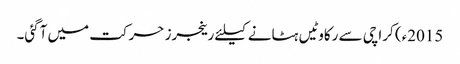
2015ء) کراچی سے رکاوٹیں ہٹانے کیلئے رینجرز حرکت میں آگئی۔